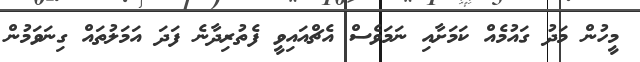
މީހުން މަދު ގައުމެއް ކަމަށާއި ނަމަވެސް އެޗްއައިވީ ފެތުރިދާނެ ފަދަ އަމަލުތައް ގިނަވަމުން